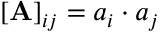
[ \mathbf { A } ] _ { i j } = a _ { i } \cdot a _ { j }